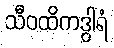
သီဝထိကဒွါရံ